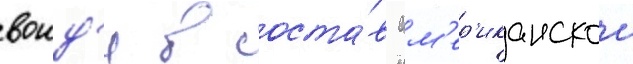
воид'я в соста́в ам'ер'иканскои